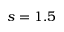
s = 1 . 5